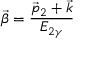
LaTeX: { \vec { \beta } } = \frac { { { \vec { p } } _ { 2 } } + { \vec { k } } } { E _ { 2 \gamma } }